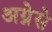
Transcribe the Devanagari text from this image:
अग्नेसे